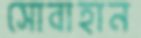
সোবাহান